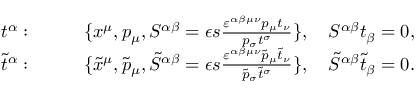
\begin{array} { r l } { t ^ { \alpha } : } & { \qquad \{ x ^ { \mu } , p _ { \mu } , S ^ { \alpha \beta } = \epsilon s \frac { \varepsilon ^ { \alpha \beta \mu \nu } p _ { \mu } t _ { \nu } } { p _ { \sigma } t ^ { \sigma } } \} , \quad S ^ { \alpha \beta } t _ { \beta } = 0 , } \\ { \tilde { t } ^ { \alpha } : } & { \qquad \{ \tilde { x } ^ { \mu } , \tilde { p } _ { \mu } , \tilde { S } ^ { \alpha \beta } = \epsilon s \frac { \varepsilon ^ { \alpha \beta \mu \nu } \tilde { p } _ { \mu } \tilde { t } _ { \nu } } { \tilde { p } _ { \sigma } \tilde { t } ^ { \sigma } } \} , \quad \tilde { S } ^ { \alpha \beta } \tilde { t } _ { \beta } = 0 . } \end{array}